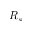
R _ { s }